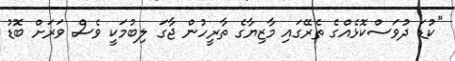
"ކުޑަ ދުވަސްކޮޅެއްގެ ތެރޭގައި މާޒިޔާގެ ތާރީހުން ޖާގަ ލިބުމަކީ ވެސް ވަރަށް ބޮޑު